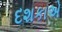
દશકાએ